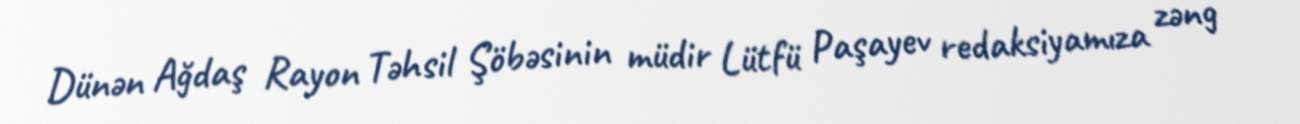
Dünən Ağdaş Rayon Təhsil Şöbəsinin müdir Lütfü Paşayev redaksiyamıza zəng